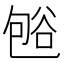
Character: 𰶒